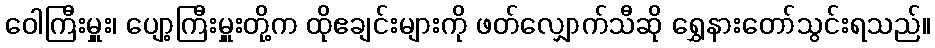
ဝေါကြီးမှူး၊ ပျော့ကြီးမှူးတို့က ထိုဧချင်းများကို ဖတ်လျှောက်သီဆို ရွှေနားတော်သွင်းရသည်။